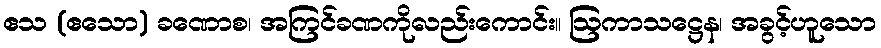
ဧသ (ဧသော) ခဏောစ၊ အကြင်ခဏကိုလည်းကောင်း။ ဩကာသဋ္ဌေန၊ အခွင့်ဟူသော